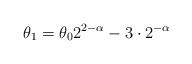
LaTeX: \begin{align*}\theta_1 = \theta_0 2^{2-\alpha} - 3 \cdot 2^{-\alpha}\end{align*}